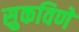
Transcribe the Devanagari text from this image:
सुकविणे